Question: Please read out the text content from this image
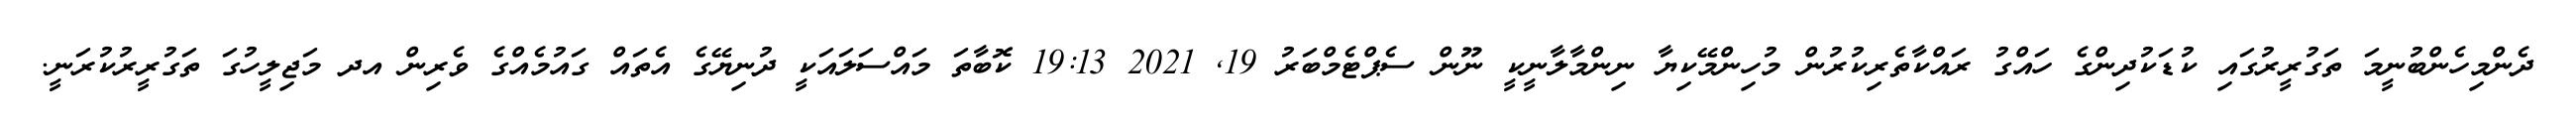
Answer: ދެންމިހެންބުނީމަ ތަގުރީރުގައި ކުޑަކުދިންގެ ހައްގު ރައްކާތެރިކުރުން މުހިންމޭކިޔާ ނިންމާލާނީކީ ނޫން ސެޕްޓެމްބަރު 19, 2021 19:13 ކޮބާތަ މައްސަލައަކީ ދުނިޔޭގެ އެތައް ގައުމެއްގެ ވެރިން އދ މަޖިލީހުގަ ތަގުރީރުކުރަނީ.